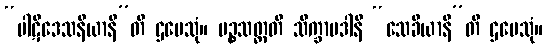
“ပါဋိဒေသနီယာနီ”တိ ဌပေသုံ။ ပဉ္စသတ္တတိ သိက္ခာပဒါနိ “သေခိယာနီ”တိ ဌပေသုံ။